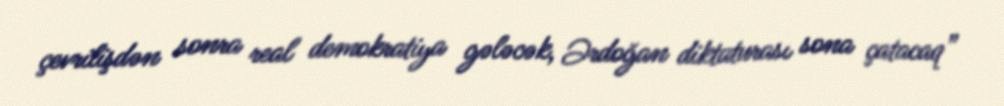
çevrilişdən sonra real demokratiya gələcək, Ərdoğan diktaturası sona çatacaq”